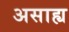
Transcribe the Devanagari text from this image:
असाह्य